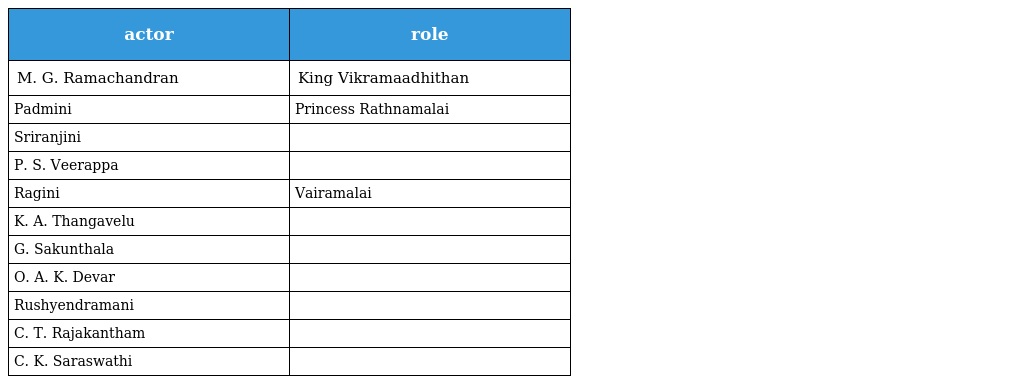
| actor | role |
 | --- | --- |
 | M. G. Ramachandran | King Vikramaadhithan |
 | Padmini | Princess Rathnamalai |
 | Sriranjini |  |
 | P. S. Veerappa |  |
 | Ragini | Vairamalai |
 | K. A. Thangavelu |  |
 | G. Sakunthala |  |
 | O. A. K. Devar |  |
 | Rushyendramani |  |
 | C. T. Rajakantham |  |
 | C. K. Saraswathi |  |